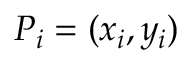
P _ { i } = ( x _ { i } , y _ { i } )